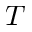
T